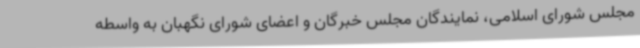
مجلس شورای اسلامی، نمایندگان مجلس خبرگان و اعضای شورای نگهبان به واسطه